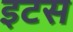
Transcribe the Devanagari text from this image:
इटस